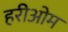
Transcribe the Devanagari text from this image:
हरीओम